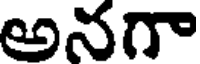
అనగా